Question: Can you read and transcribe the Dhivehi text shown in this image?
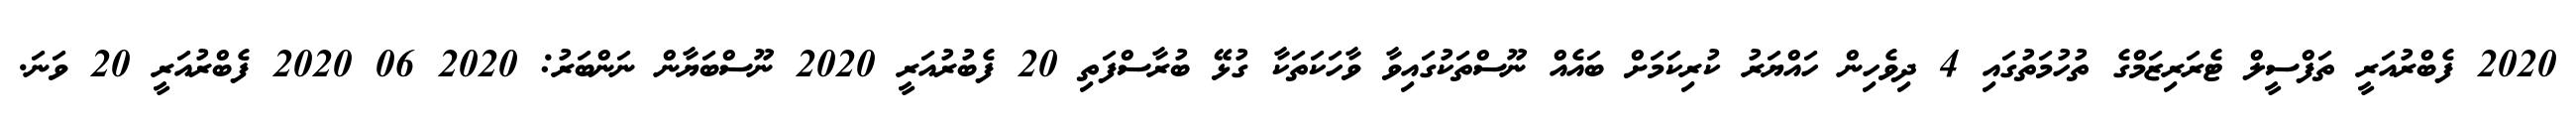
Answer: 2020 ފެބްރުއަރީ ތަފްސީލް ޓެރަރިޒަމްގެ ތުހުމަތުގައި 4 ދިވެހިން ހައްޔަރު ކުރިކަމަށް ބައެއް ނޫސްތަކުގައިވާ ވާހަކަތަކާ ގުޅޭ ބުރާސްފަތި 20 ފެބުރުއަރީ 2020 ނޫސްބަޔާން ނަންބަރު: 2020 06 2020 ފެބްރުއަރީ 20 ވަނަ.